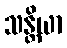
သန္တိယာ